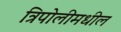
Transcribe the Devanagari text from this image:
त्रिपोलीमधील